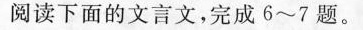
阅读下面的文言文，完成6~7题。